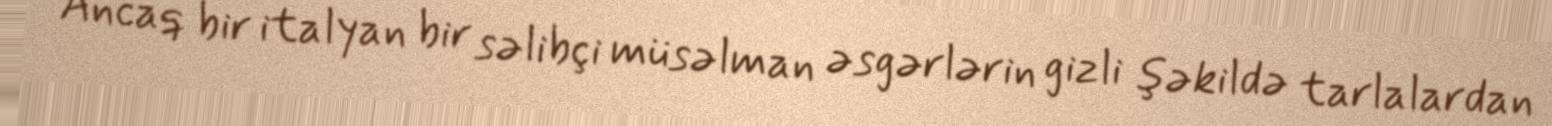
Ancaq bir italyan bir səlibçi müsəlman əsgərlərin gizli şəkildə tarlalardan